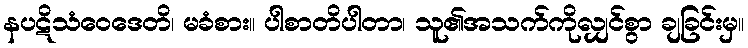
နပဋိသံဝေဒေတိ၊ မခံစား။ ပါစာတိပါတာ၊ သူ၏အသက်ကိုလျှင်စွာ ချခြင်းမှ။